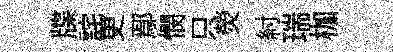
牒詫更鄢憫只熒紂瑞枷